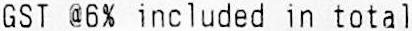
GST @6% INCLUDED IN TOTAL